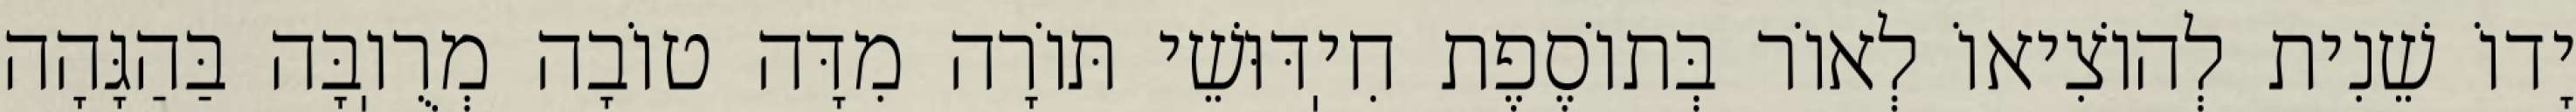
יָדוֹ שֵׁנִית לְהוֹצִיאוֹ לְאוֹר בְּתוֹסֶפֶת חִיֽדּוּשֵׁי תּוֹרָה מִדָּה טוֹבָה מְרֻוֽבָּה בַּהַגָּהָה